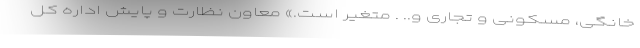
خانگی، مسکونی و تجاری و.. . متغیر است.» معاون نظارت و پایش اداره کل